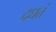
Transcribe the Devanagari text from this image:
दधतं